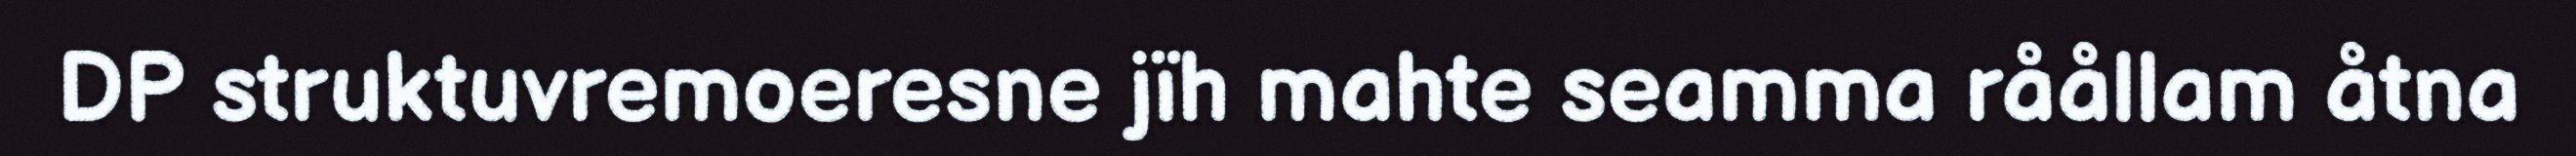
DP struktuvremoeresne jïh mahte seamma råållam åtna